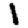
Digit: 1